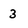
Character: 3